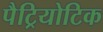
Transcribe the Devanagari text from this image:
पैट्रियोटिक